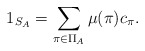
\begin{align*} 1_{S_A} = \sum_{\pi\in \Pi_A} \mu(\pi) c_\pi. \end{align*}